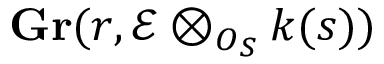
\mathbf { G r } ( r , { \mathcal { E } } \otimes _ { O _ { S } } k ( s ) )